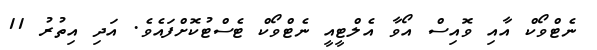
ނެޓްވޯކް އާއި ވޮއިސް އޯވާ އެލްޓީއީ ނެޓްވޯކް ޓެސްޓުކޮށްފައެވެ. އަދި އިތުރު 11